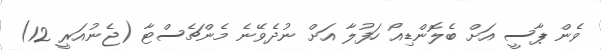
ވެން ޕާސީ އަށް ބެލޮންޑިއޯ ހަފުލާ އަށް ނުދެވޭނެ މެންޗެސްޓާ (ޖެނުއަރީ 12)